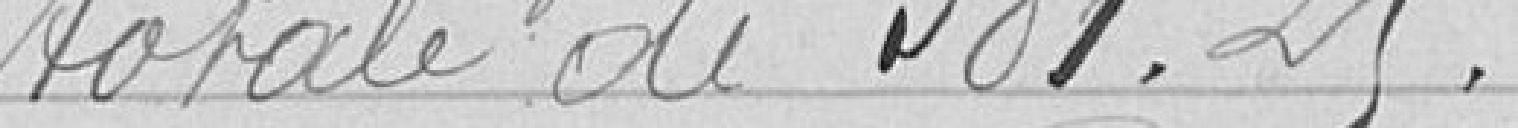
totale de 381,25.